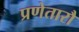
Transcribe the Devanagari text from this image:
प्रणेतारौ